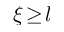
\xi \! \ge \! l